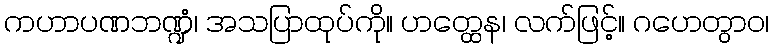
ကဟာပဏဘဏ္ဍံ၊ အသပြာထုပ်ကို။ ဟတ္ထေန၊ လက်ဖြင့်။ ဂဟေတွာဝ၊